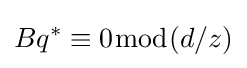
Bq^{\ast }\equiv 0{\bmod {(}}d/z)